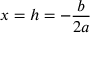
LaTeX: x = h = - { \frac { b } { 2 a } }